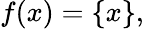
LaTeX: f(x)=\{ x\} ,